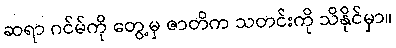
ဆရာ ဂင်မ်ကို တွေ့မှ ဇာတိက သတင်းကို သိနိုင်မှာ။